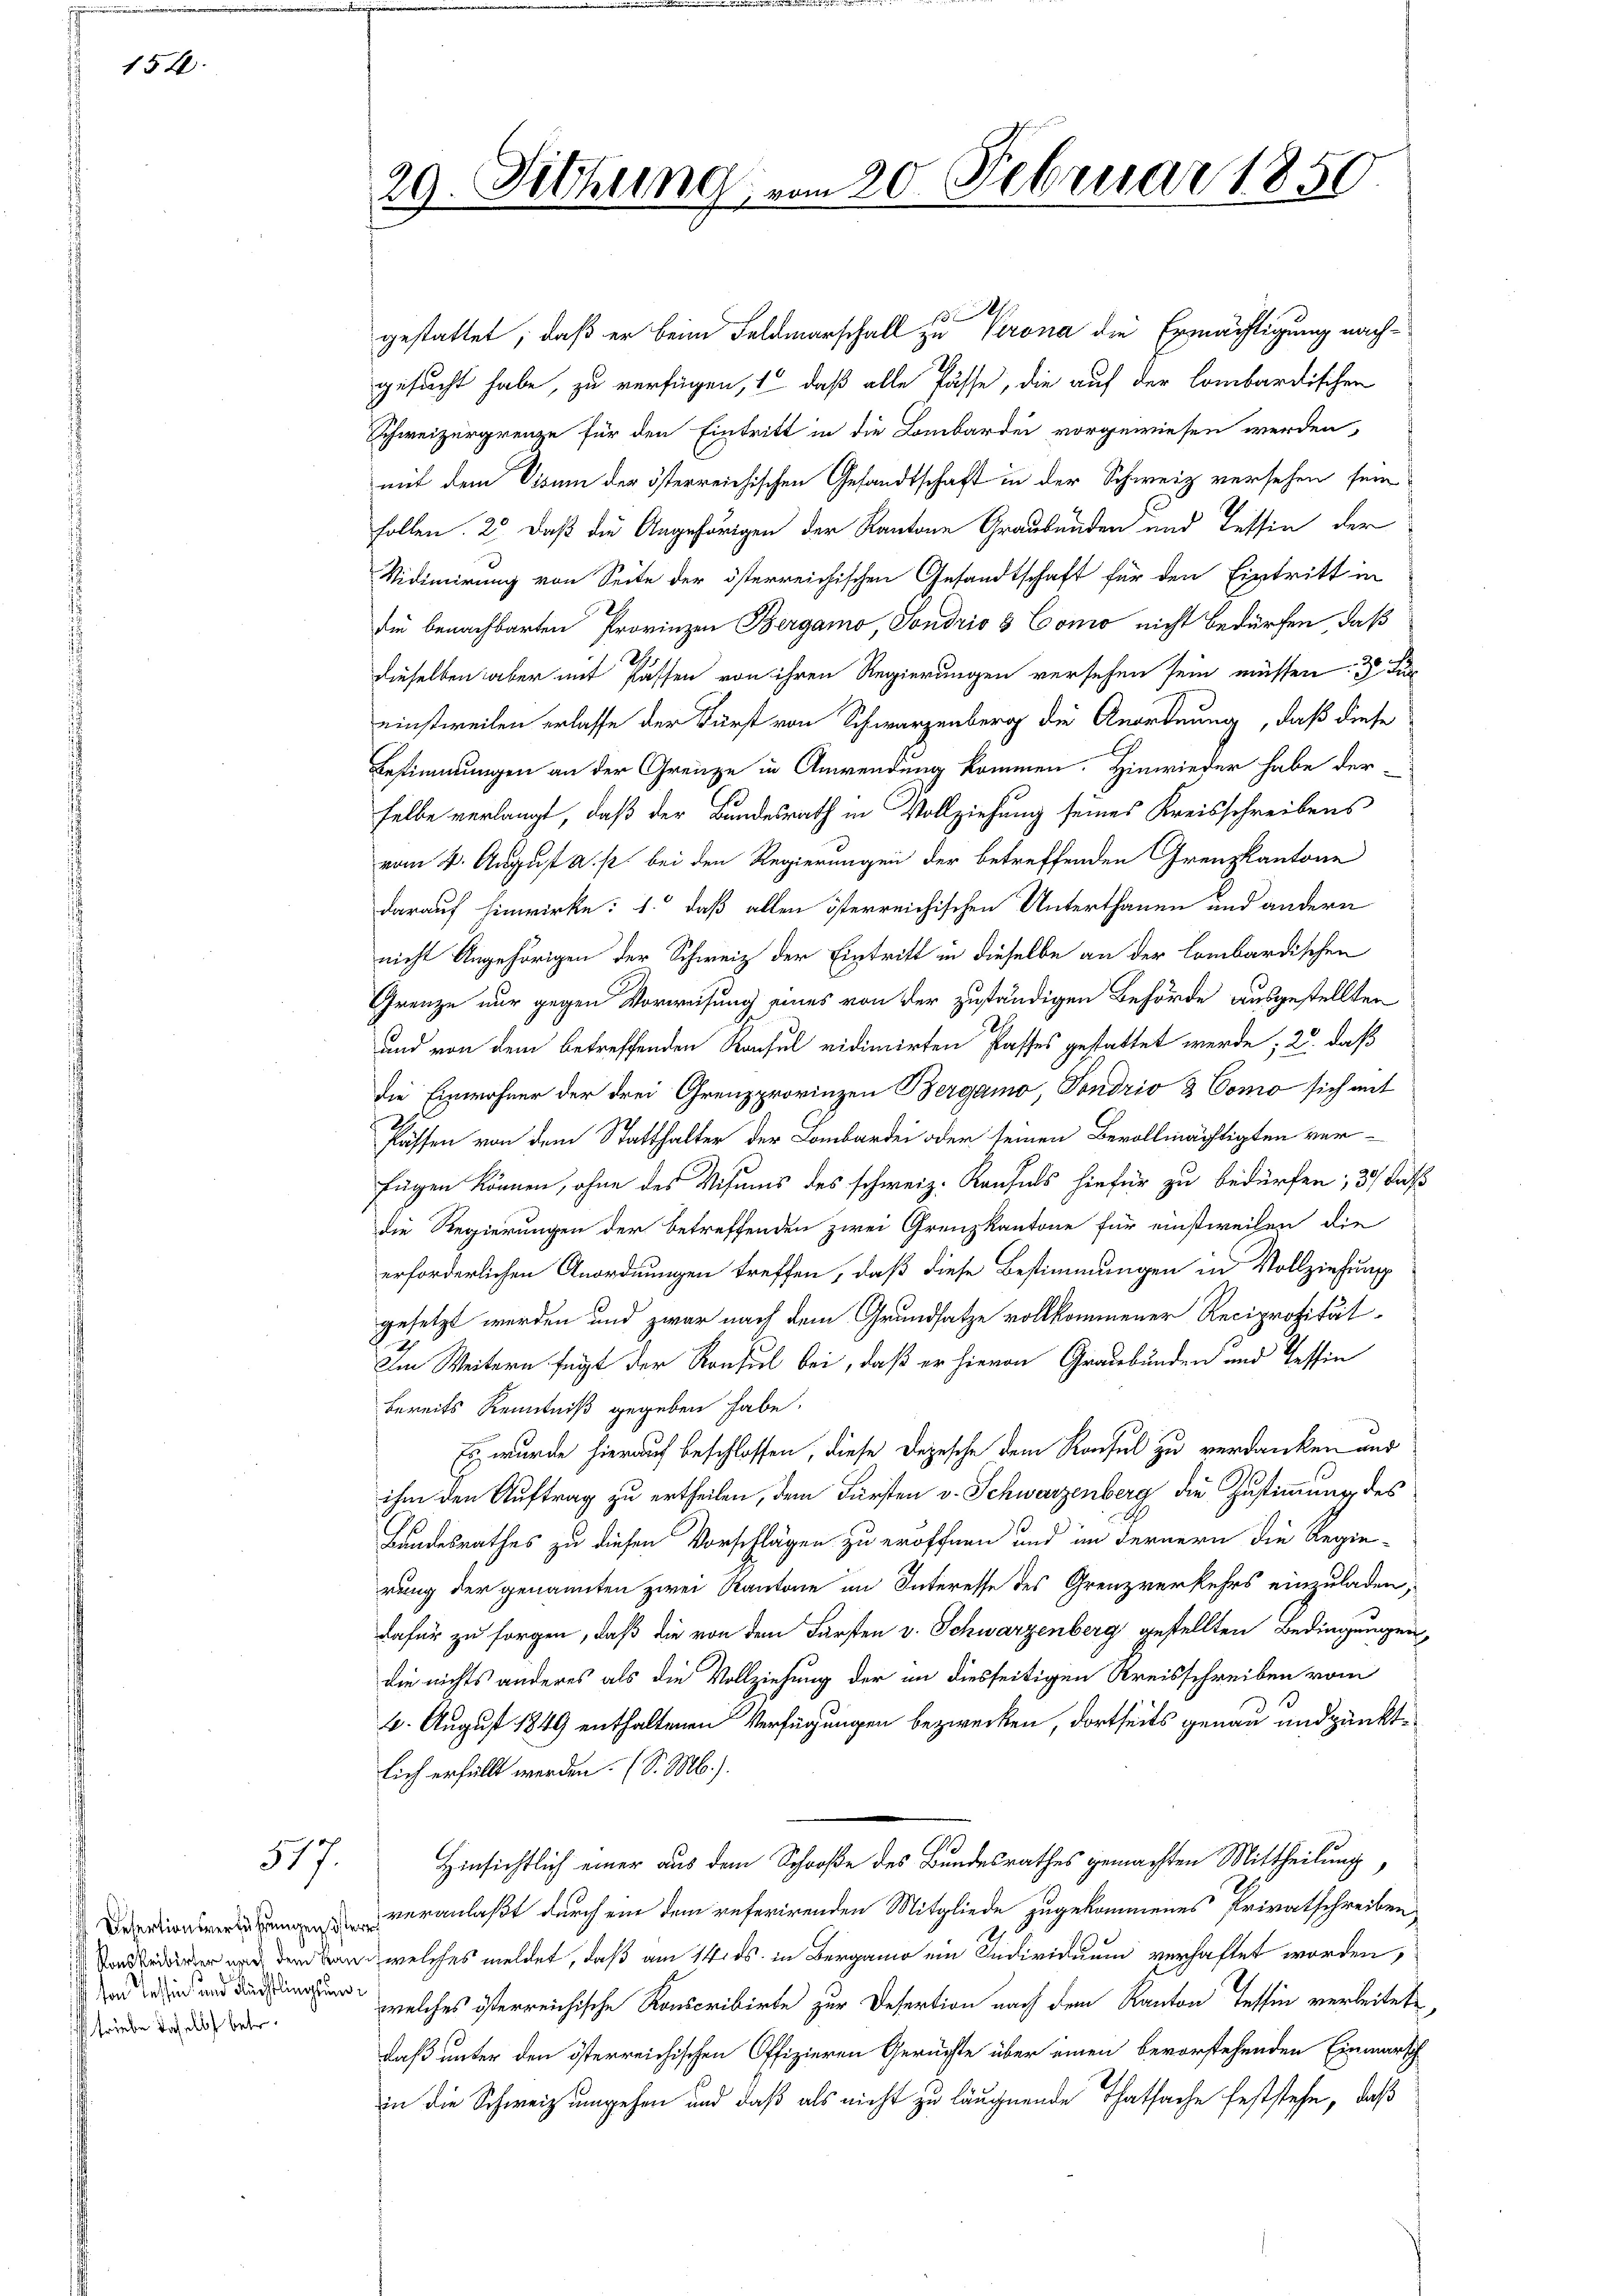
154

517.

Detertionsverführungen öste
Ronskribirter nach dem Kan
von Tessin und Flüchtlingung,
triebe daselbst betr.

29.

Sitzung

p
gestattet, daß er beim Feldmarschall zu Krona die Ermächtigung nachgesucht habe, zu verfügen, 1, daß alle Pässe, die auf der lombardischen
Schweizergrenze für den Eintritt in die Lombardei vorgewiesen werden,
mit dem Visum der österreichischen Gesandtschaft in der Schweiz versehen sein
Follen. 2. daß die Angehörigen der Kantone Graubünden und Tessin der
Vidimirung von Seite der österreichischen Gesandtschaft für den Eintritt in
die benachbarten Provinzen Bergamo, Sondrio & Como nicht bedürfen, daß
dieselben aber mit Passen von ihren Regierungen versehen sein müssen: 1 Ku
einstweilen erlasse der Fürst von Schwarzenberg die Anordnung, daß diese
Bestimmungen an der Grenze in Anwendung kommen. Hinwieder habe der
selbe verlangt, daß der Bundesrath in Vollziehung seines Kreisschreibens
vom 2. August a. p. bei den Regierungen der betreffenden Grenzkantone
darauf hinwirke: 1. daß allen österreichischen Unterthanen und andern
nicht Angehörigen der Schweiz der Eintritt in dieselbe an der Lombardischen
Grenze nur gegen Vorweisung eines von der zuständigen Behörde ausgestellten
und von dem betreffenden Rachel vidimirten Passes gestattet werde; 2. daß
die Einwohner der drei Grenzprovinzen Bergamo, Sondrio & Como sich mit
flassen von dem Statthalter der Lombardei oder seinen Bevollmächtigten verfügen können, ohne des Visums des schweiz. Konfels hiefür zu bedürfen; 3) daß
die Regierungen der Betreffenden zwei Grenzkantone für einstweilen die
erforderlichen Anordnungen treffen, daß diese Bestimmungen in Vollziehung
gesetzt werden und zwar nach dem Grundsatze vollkommener Reciprocität
Im Weitern fügt der Konsul bei, daß er hievon Graubünden und Tessin
bereits Kenntniß gegeben habe.
Es wurde hierauf beschlossen, diese Depesche dem Konsul zu verdanken und
ihm den Auftrag zu ertheilen, dem Fürsten v. Schwarzenberg die Zustimmung des
Landesrathes zu diesen Vorschlägen zu eröffnen und im Fernern die Regie-
rung der genannten zwei Kantone im Interesse des Grenzverkehrs einzuladen,
dafür zu sorgen, daß die von dem Fürsten v. Schwarzenberg gestellten Bedingungen,
die nichts anderes als die Vollziehung der in diesseitigen Kreisschreiben vom
4. August 1849 enthaltenen Verfügungen bezwecken, dortseits genau und pünktlich erfüllt werden. (S. M.).
Hinsichtlich einer aus dem Schroße des Bundesrathes gemachten Mittheilung,
veranlaßt durch ein dem referirenden Mitgliede zugekommenes Privatschreiben
welches meldet, daß am 14. ds. in Bergamo ein Individuum verhaftet worden,
welches österreichische Konscribirte zur Desertion nach dem Kanton Tessin verleitete
daß unter den österreichischen Offizieren Gerichte über einen bevorstehenden Einmarsch
in die Schweiz umgehen und daß als nicht zu läugnende Thatsache feststehe, daß

vom 20. Februar 1850